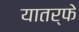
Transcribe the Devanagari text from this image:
यातर्फे